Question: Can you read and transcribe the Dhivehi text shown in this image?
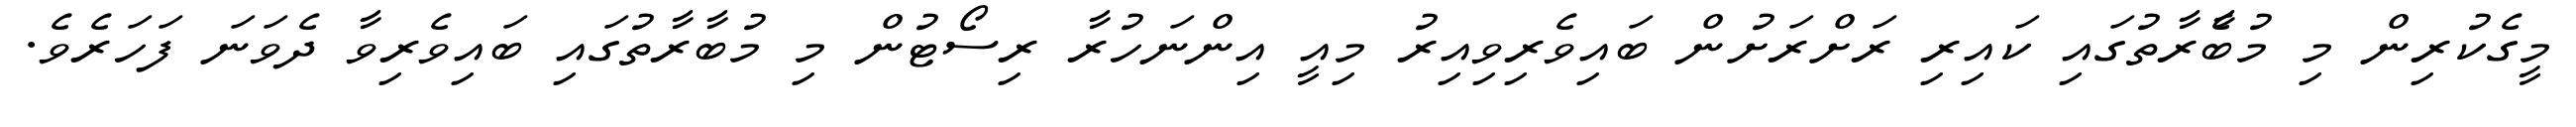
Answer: މީގެކުރިން މި މުބާެރާތުގައި ކައިރި ރަށްރަށުން ބައިވެރިވިއިރު މިއީ އިންނަހުރާ ރިސޯޓުން މި މުބާރާތުގައި ބައިވެރިވާ ދެވަނަ ފަހަރެވެ.